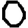
Digit: 0